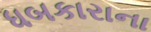
ધબકારાના